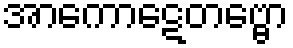
အာကောဋေတဗ္ဗော